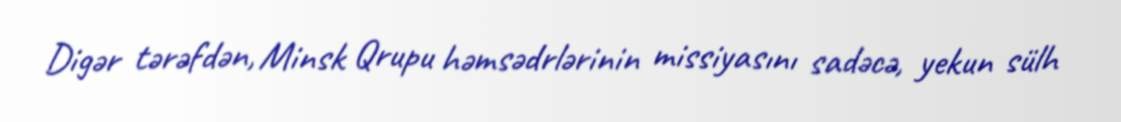
Digər tərəfdən, Minsk Qrupu həmsədrlərinin missiyasını sadəcə, yekun sülh